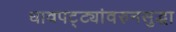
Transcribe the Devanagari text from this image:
धावपट्ट्यांवरुनसुद्धा